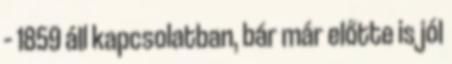
– 1859 áll kapcsolatban, bár már előtte is jól